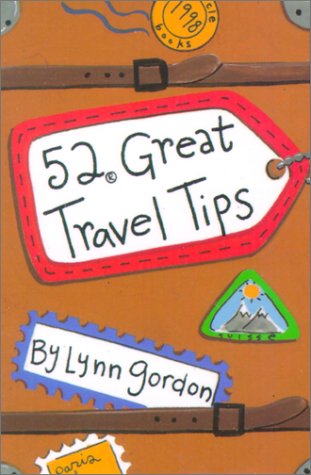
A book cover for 52 Great Travel Tips (52 Series); Lynn Gordon; Travel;